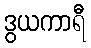
ဒွယကာရီ